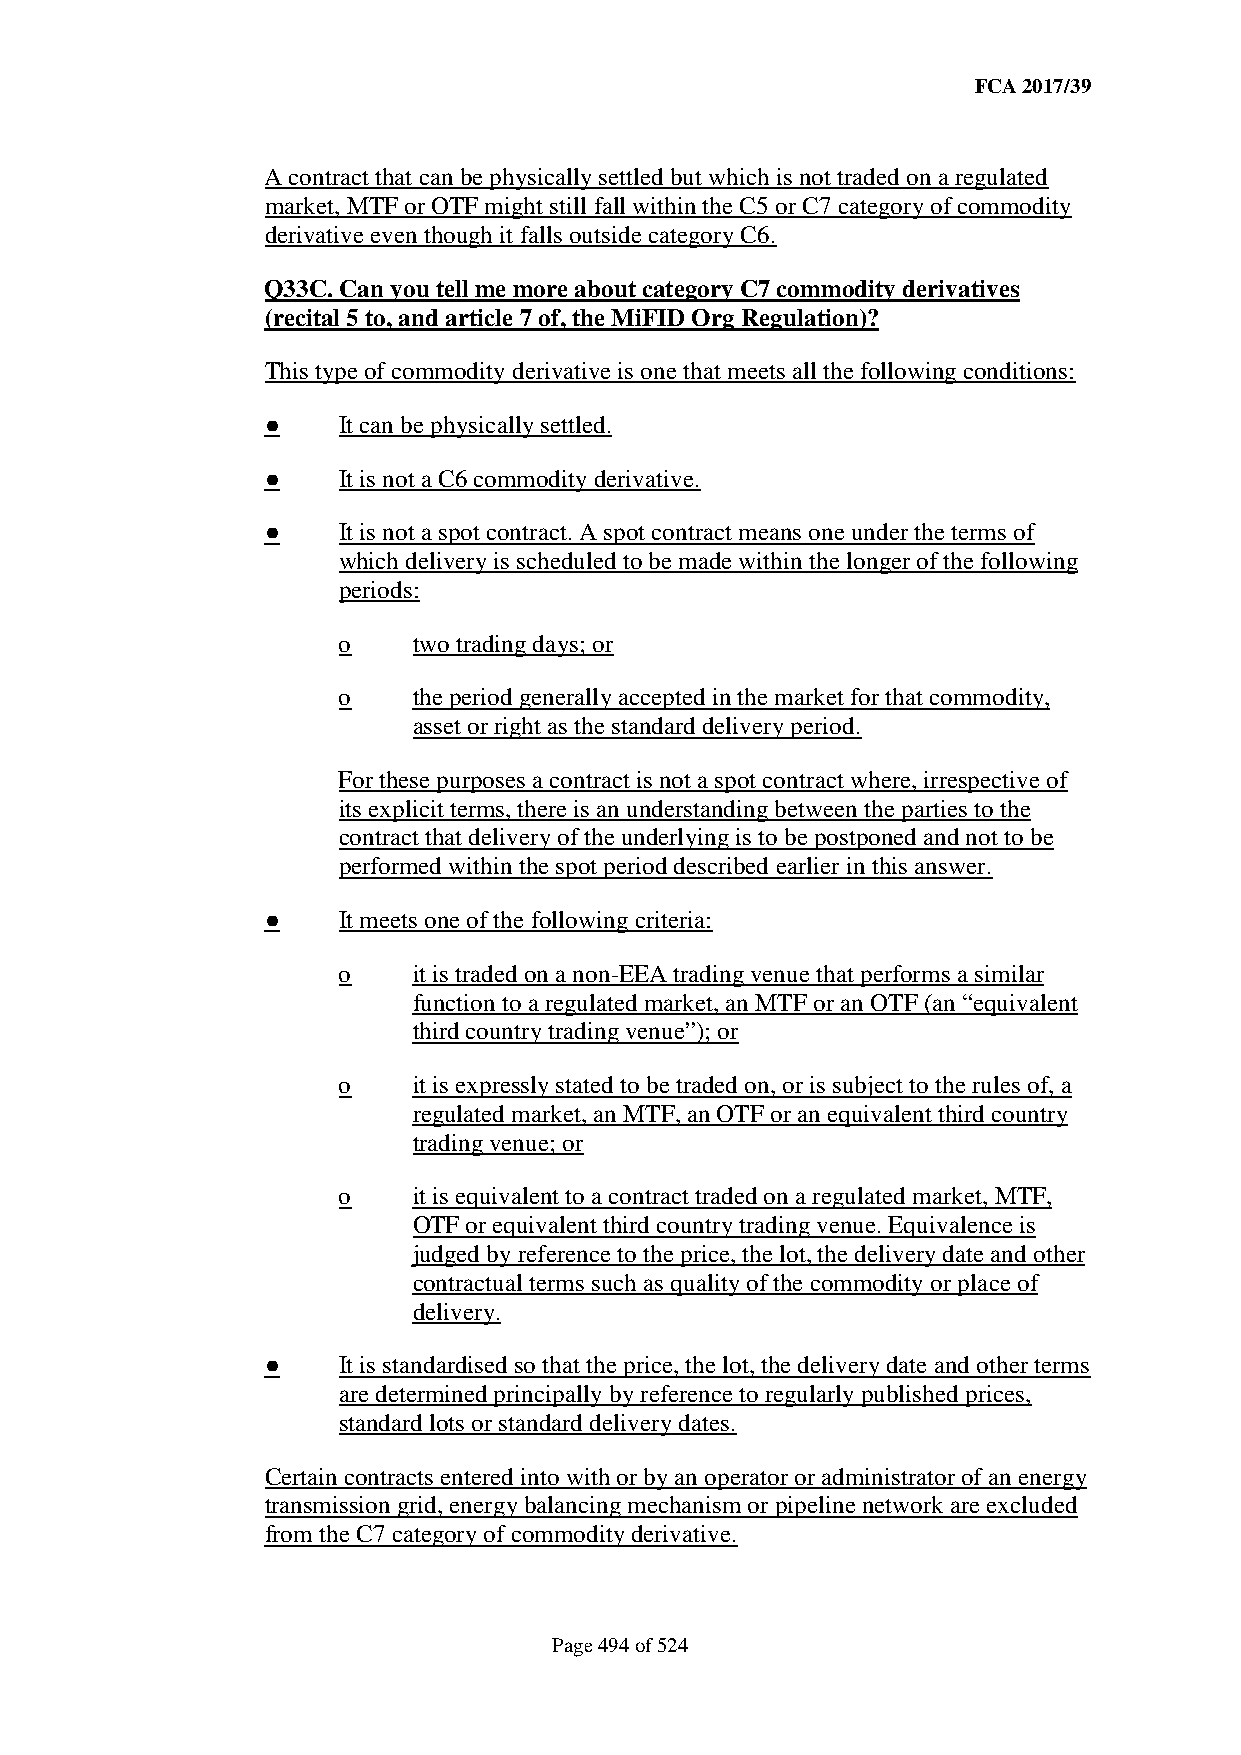
FCA 2017/39
 A contract that can be physically settled but which is not traded on a regulated
 market, MTF or OTF might still fall within the C5 or C7 category of commodity
 derivative even though it falls outside category C6.
 Q33C. Can you tell me more about category C7 commodity derivatives
 (recital 5 to, and article 7 of, the MiFID Org Regulation)?
 This type of commodity derivative is one that meets all the following conditions:
 ●   It can be physically settled.
 ●   It is not a C6 commodity derivative.
 ●   It is not a spot contract. A spot contract means one under the terms of
 which delivery is scheduled to be made within the longer of the following
 periods:
 o    two trading days; or
 o    the period generally accepted in the market for that commodity,
 asset or right as the standard delivery period.
 For these purposes a contract is not a spot contract where, irrespective of
 its explicit terms, there is an understanding between the parties to the
 contract that delivery of the underlying is to be postponed and not to be
 performed within the spot period described earlier in this answer.
 ●   It meets one of the following criteria:
 o    it is traded on a non-EEA trading venue that performs a similar
 function to a regulated market, an MTF or an OTF (an “equivalent
 third country trading venue”); or
 o    it is expressly stated to be traded on, or is subject to the rules of, a
 regulated market, an MTF, an OTF or an equivalent third country
 trading venue; or
 o    it is equivalent to a contract traded on a regulated market, MTF,
 OTF or equivalent third country trading venue. Equivalence is
 judged by reference to the price, the lot, the delivery date and other
 contractual terms such as quality of the commodity or place of
 delivery.
 ●   It is standardised so that the price, the lot, the delivery date and other terms
 are determined principally by reference to regularly published prices,
 standard lots or standard delivery dates.
 Certain contracts entered into with or by an operator or administrator of an energy
 transmission grid, energy balancing mechanism or pipeline network are excluded
 from the C7 category of commodity derivative.
 Page 494 of 524